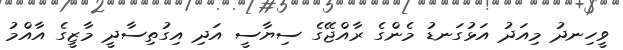
ވީހިނދު މިއަދު އަޅުގަނޑު މެންގެ ރާއްޖޭގެ ސިޔާސީ އަދި އިގުތިސާދީ މާޒީގެ އާއްމު